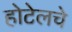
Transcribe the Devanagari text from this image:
होटेलचे